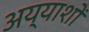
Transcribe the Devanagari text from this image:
अय्याशों